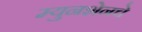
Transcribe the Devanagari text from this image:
म्युनशेनचे